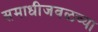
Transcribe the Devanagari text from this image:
समाधीजवळच्या